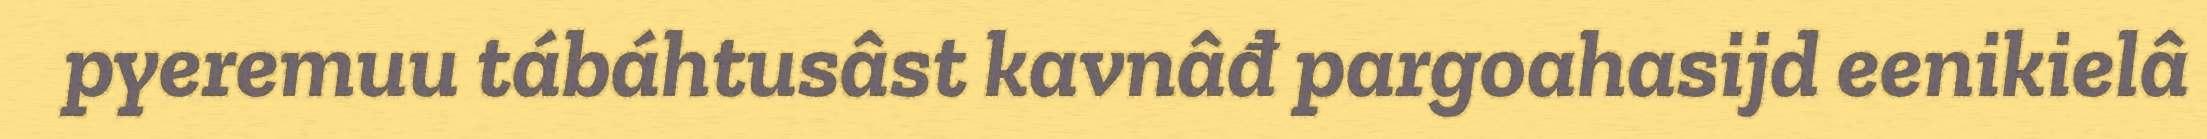
pyeremuu tábáhtusâst kavnâđ pargoahasijd eenikielâ